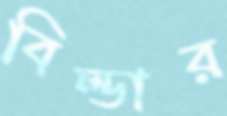
বিল্ডার